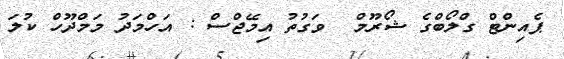
ޕެއިންޓް ގްލޯބްގެ ޝޯރޫމް  ވަގުތު އިމޭޖްސް : އަހްމަދު މަމްދޫހް ކުލަ